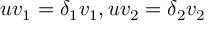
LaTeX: u v _ { 1 } = \delta _ { 1 } v _ { 1 } , u v _ { 2 } = \delta _ { 2 } v _ { 2 }